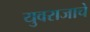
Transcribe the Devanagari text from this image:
युवराजाचे